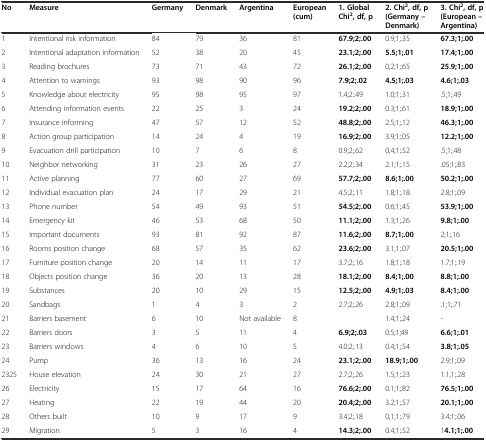
<table><thead><tr><td><b>No</b></td><td><b>Measure</b></td><td><b>Germany</b></td><td><b>Denmark</b></td><td><b>Argentina</b></td><td><b>European (cum)</b></td><td><b>1. Global Chi<sup>2</sup>, df, p</b></td><td><b>2. Chi<sup>2</sup>, df, p (Germany – Denmark)</b></td><td><b>3. Chi<sup>2</sup>, df, p (European – Argentina)</b></td></tr></thead><tbody><tr><td>1</td><td>Intentional risk information</td><td>84</td><td>79</td><td>36</td><td>81</td><td><b>67.9;2;.00</b></td><td>0.9;1;.35</td><td><b>67.3;1;.00</b></td></tr><tr><td>2</td><td>Intentional adaptation information</td><td>52</td><td>38</td><td>20</td><td>45</td><td><b>23.1;2;.00</b></td><td><b>5.5;1;.01</b></td><td><b>17.4;1;.00</b></td></tr><tr><td>3</td><td>Reading brochures</td><td>73</td><td>71</td><td>43</td><td>72</td><td><b>26.1;2;.00</b></td><td>0,2;1;.65</td><td><b>25.9;1;.00</b></td></tr><tr><td>4</td><td>Attention to warnings</td><td>93</td><td>98</td><td>90</td><td>96</td><td><b>7.9;2;.02</b></td><td><b>4.5;1;.03</b></td><td><b>4.6;1;.03</b></td></tr><tr><td>5</td><td>Knowledge about electricity</td><td>95</td><td>98</td><td>95</td><td>97</td><td>1.4;2:.49</td><td>1.0;1;.31</td><td>.5;1;.49</td></tr><tr><td>6</td><td>Attending information events</td><td>22</td><td>25</td><td>3</td><td>24</td><td><b>19.2;2;.00</b></td><td>0.3;1;.61</td><td><b>18.9;1;.00</b></td></tr><tr><td>7</td><td>Insurance informing</td><td>47</td><td>57</td><td>12</td><td>52</td><td><b>48.8;2;.00</b></td><td>2.5;1;.12</td><td><b>46.3;1;.00</b></td></tr><tr><td>8</td><td>Action group participation</td><td>14</td><td>24</td><td>4</td><td>19</td><td><b>16.9;2;.00</b></td><td>3.9;1;.05</td><td><b>12.2;1;.00</b></td></tr><tr><td>9</td><td>Evacuation drill participation</td><td>10</td><td>7</td><td>6</td><td>8</td><td>0.9;2;.62</td><td>0,4;1;.52</td><td>.5;1;.48</td></tr><tr><td>10</td><td>Neighbor networking</td><td>31</td><td>23</td><td>26</td><td>27</td><td>2.2;2;.34</td><td>2.1;1;.15</td><td>.05;1;.83</td></tr><tr><td>11</td><td>Active planning</td><td>77</td><td>60</td><td>27</td><td>69</td><td><b>57.7;2;.00</b></td><td><b>8.6;1;.00</b></td><td><b>50.2;1;.00</b></td></tr><tr><td>12</td><td>Individual evacuation plan</td><td>24</td><td>17</td><td>29</td><td>21</td><td>4.5;2;.11</td><td>1.8;1;.18</td><td>2.8;1;.09</td></tr><tr><td>13</td><td>Phone number</td><td>54</td><td>49</td><td>93</td><td>51</td><td><b>54.5;2;.00</b></td><td>0.6;1;.45</td><td><b>53.9;1;.00</b></td></tr><tr><td>14</td><td>Emergency kit</td><td>46</td><td>53</td><td>68</td><td>50</td><td><b>11.1;2;.00</b></td><td>1.3;1;.26</td><td><b>9.8;1;.00</b></td></tr><tr><td>15</td><td>Important documents</td><td>93</td><td>81</td><td>92</td><td>87</td><td><b>11.6;2;.00</b></td><td><b>8.7;1;.00</b></td><td>2;1;.16</td></tr><tr><td>16</td><td>Rooms position change</td><td>68</td><td>57</td><td>35</td><td>62</td><td><b>23.6;2;.00</b></td><td>3.1;1;.07</td><td><b>20.5;1;.00</b></td></tr><tr><td>17</td><td>Furniture position change</td><td>20</td><td>14</td><td>11</td><td>17</td><td>3.7;2;.16</td><td>1.8;1;.18</td><td>1.7;1;.19</td></tr><tr><td>18</td><td>Objects position change</td><td>36</td><td>20</td><td>13</td><td>28</td><td><b>18.1;2;.00</b></td><td><b>8.4;1;.00</b></td><td><b>8.8;1;.00</b></td></tr><tr><td>19</td><td>Substances</td><td>20</td><td>10</td><td>29</td><td>15</td><td><b>12.5;2;.00</b></td><td><b>4.9;1;.03</b></td><td><b>8.4;1;.00</b></td></tr><tr><td>20</td><td>Sandbags</td><td>1</td><td>4</td><td>3</td><td>2</td><td>2.7;2;.26</td><td>2.8;1;.09</td><td>.1;1;.71</td></tr><tr><td>21</td><td>Barriers basement</td><td>6</td><td>10</td><td>Not available</td><td>8</td><td></td><td>1.4;1;.24</td><td>-</td></tr><tr><td>22</td><td>Barriers doors</td><td>3</td><td>5</td><td>11</td><td>4</td><td><b>6.9;2;.03</b></td><td>0.5;1;49</td><td><b>6.6;1;.01</b></td></tr><tr><td>23</td><td>Barriers windows</td><td>4</td><td>6</td><td>10</td><td>5</td><td>4.0;2;.13</td><td>0.4;1;.54</td><td><b>3.8;1;.05</b></td></tr><tr><td>24</td><td>Pump</td><td>36</td><td>13</td><td>16</td><td>24</td><td><b>23.1;2;.00</b></td><td><b>18.9;1;.00</b></td><td>2.9;1;.09</td></tr><tr><td>2325</td><td>House elevation</td><td>24</td><td>30</td><td>21</td><td>27</td><td>2.7;2;.26</td><td>1.5;1;.23</td><td>1.1,1;.28</td></tr><tr><td>26</td><td>Electricity</td><td>15</td><td>17</td><td>64</td><td>16</td><td><b>76.6;2;.00</b></td><td>0.1;1;.82</td><td><b>76.5;1;.00</b></td></tr><tr><td>27</td><td>Heating</td><td>22</td><td>19</td><td>44</td><td>20</td><td><b>20.4;2;.00</b></td><td>3.2;1;.57</td><td><b>20.1;1;.00</b></td></tr><tr><td>28</td><td>Others built</td><td>10</td><td>9</td><td>17</td><td>9</td><td>3.4;2;.18</td><td>0,1;1;.79</td><td>3.4;1;.06</td></tr><tr><td>29</td><td>Migration</td><td>5</td><td>3</td><td>16</td><td>4</td><td><b>14.3;2;.00</b></td><td>0.4;1;.52</td><td>1<b>4.1;1;.00</b></td></tr></tbody></table>